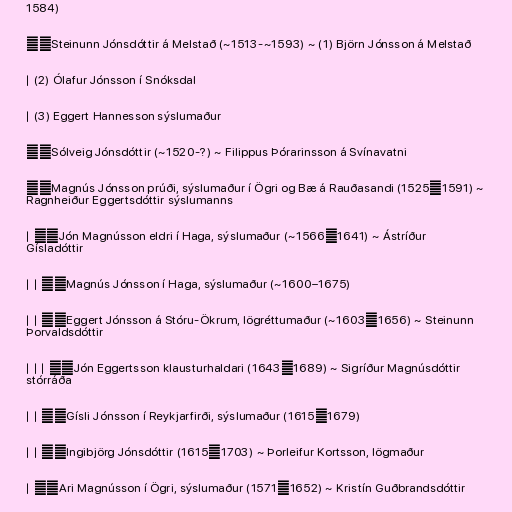
1584)

├─Steinunn Jónsdóttir á Melstað (~1513-~1593) ~ (1) Björn Jónsson á Melstað

│ (2) Ólafur Jónsson í Snóksdal

│ (3) Eggert Hannesson sýslumaður

├─Sólveig Jónsdóttir (~1520-?) ~ Filippus Þórarinsson á Svínavatni

├─Magnús Jónsson prúði, sýslumaður í Ögri og Bæ á Rauðasandi (1525─1591) ~
Ragnheiður Eggertsdóttir sýslumanns

│ ├─Jón Magnússon eldri í Haga, sýslumaður (~1566─1641) ~ Ástríður
Gísladóttir

│ │ ├─Magnús Jónsson í Haga, sýslumaður (~1600–1675)

│ │ ├─Eggert Jónsson á Stóru-Ökrum, lögréttumaður (~1603─1656) ~ Steinunn
Þorvaldsdóttir

│ │ │ ╰─Jón Eggertsson klausturhaldari (1643─1689) ~ Sigríður Magnúsdóttir
stórráða

│ │ ├─Gísli Jónsson í Reykjarfirði, sýslumaður (1615─1679)

│ │ ╰─Ingibjörg Jónsdóttir (1615─1703) ~ Þorleifur Kortsson, lögmaður

│ ├─Ari Magnússon í Ögri, sýslumaður (1571─1652) ~ Kristín Guðbrandsdóttir